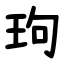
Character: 玽